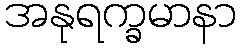
အနုရက္ခမာနာ